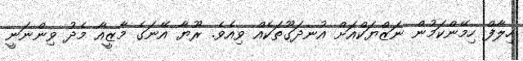
ހިލާފް ހިމޭންކަމުން ނަޒްޔަކްއަށް އުނދަގޫތަކެއް ވިއެވެ. ރޫޔާ އޭނަގެ މާޒީއާ މެދު ވިންނަނީ